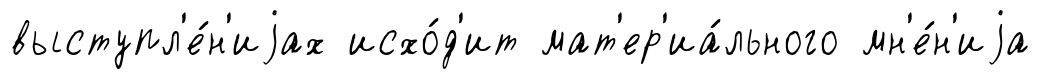
выступл'е́н'иjах исхо́д'ит мат'ер'иа́льного мн'е́н'иjа